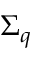
\Sigma _ { q }